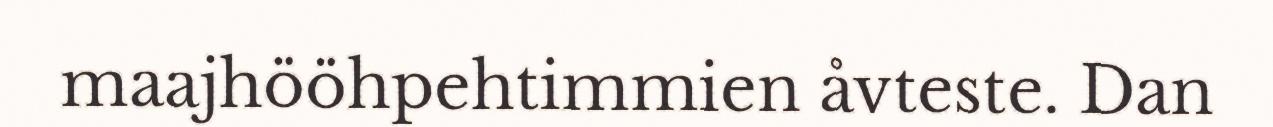
maajhööhpehtimmien åvteste. Dan